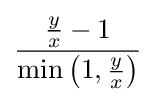
{\frac {{\frac {y}{x}}-1}{\min \left(1,{\frac {y}{x}}\right)}}